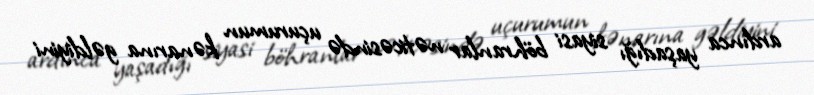
ardınca yaşadığı siyasi böhranlar nəticəsində uçurumun kənarına gəldiyini